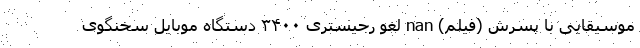
موسیقایی با پسرش (فیلم) nan لغو رجیستری ۳۴۰۰ دستگاه موبایل سخنگوی